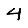
Digit: 4